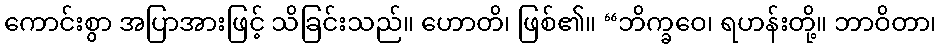
ကောင်းစွာ အပြာအားဖြင့် သိခြင်းသည်။ ဟောတိ၊ ဖြစ်၏။ “ဘိက္ခဝေ၊ ရဟန်းတို့။ ဘာဝိတာ၊